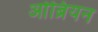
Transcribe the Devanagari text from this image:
ओब्रियन